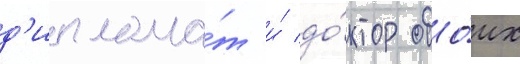
д'иплома́т и́ до́ктор обо́их